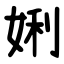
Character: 娳